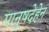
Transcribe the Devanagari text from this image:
मानुषदेहेन